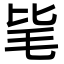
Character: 毞